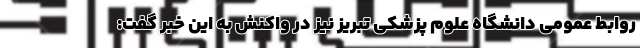
روابط عمومی دانشگاه علوم پزشکی تبریز نیز در واکنش به این خبر گفت: